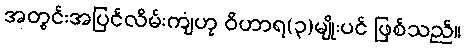
အတွင်းအပြင်လိမ်းကျံဟု ဝိဟာရ(၃)မျိုးပင် ဖြစ်သည်။